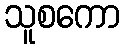
သူစကော